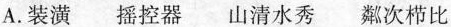
A.装潢摇控器山清水秀粼次栉比